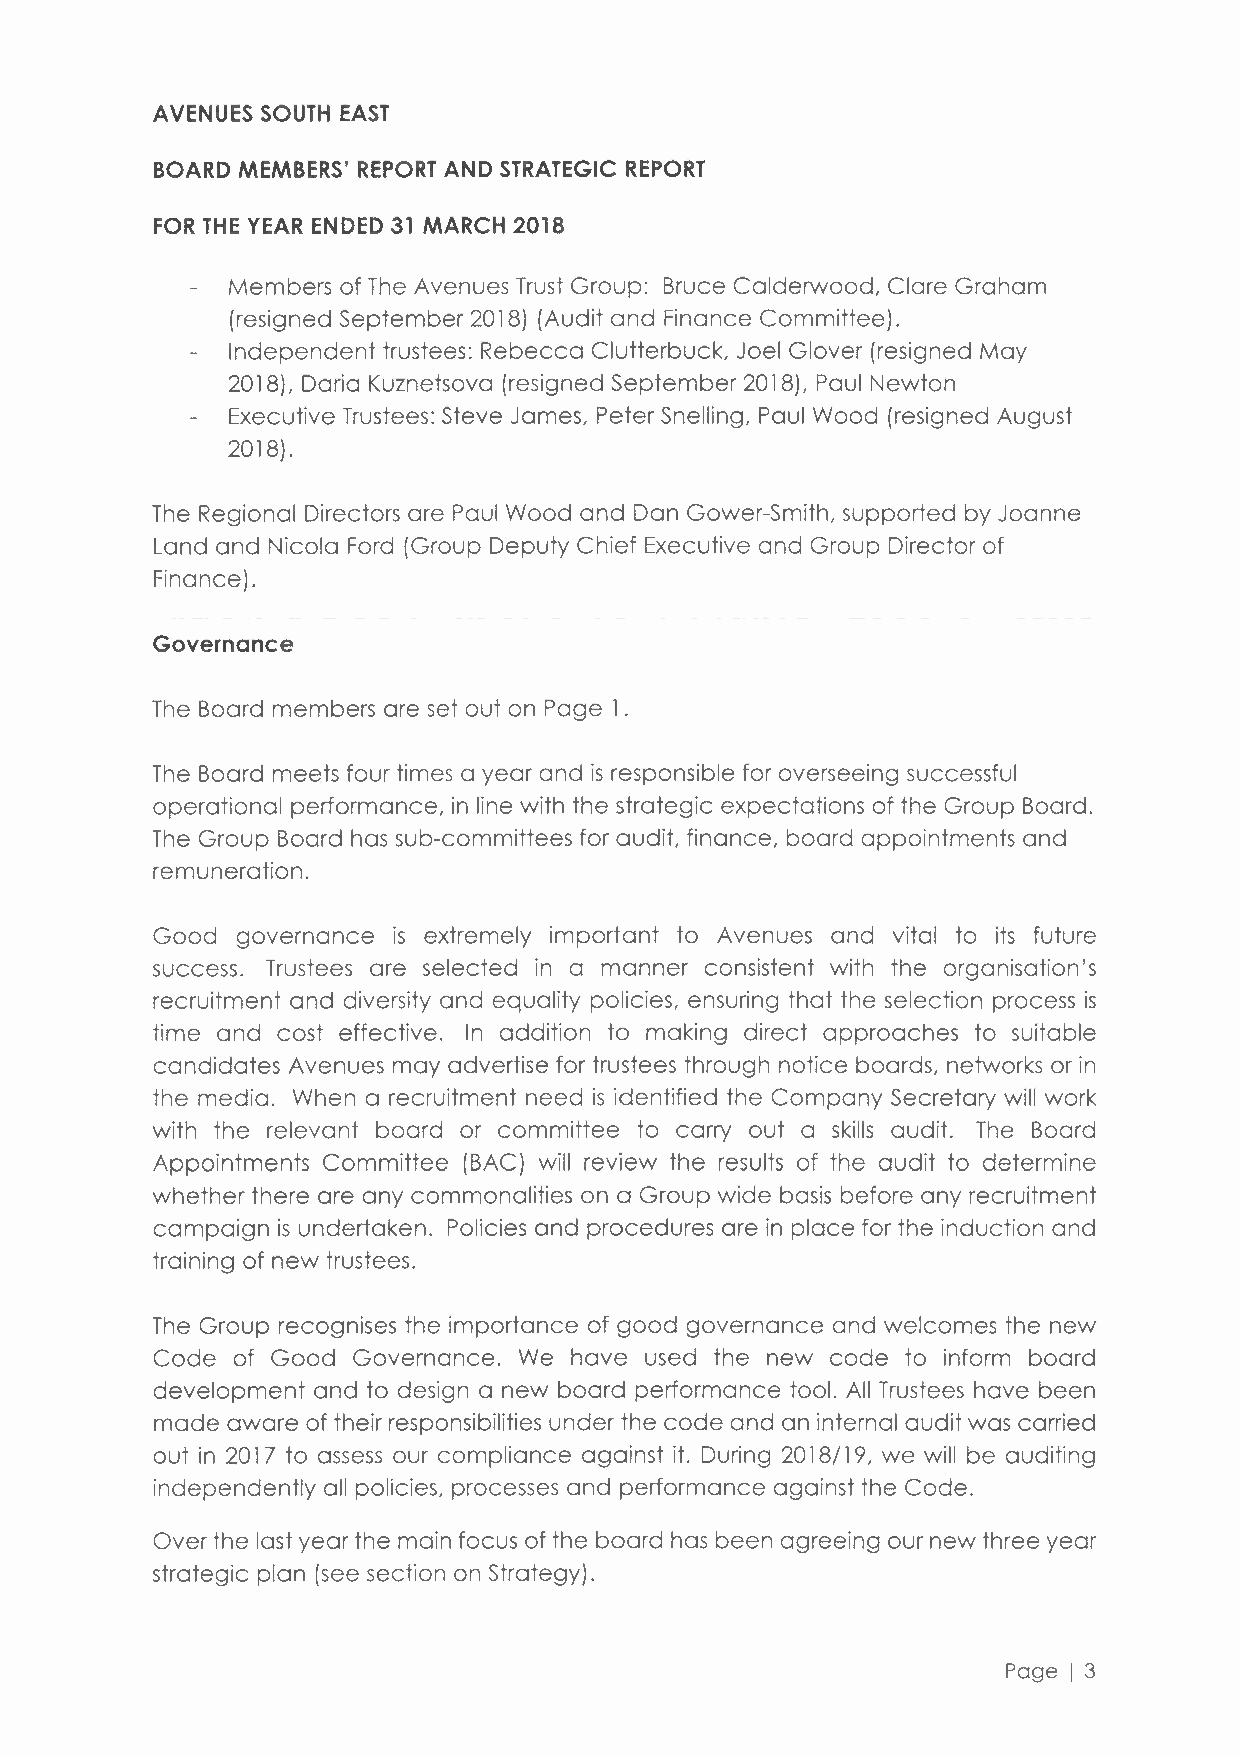
AVENUES SOUTH EAST
 BOARD MEMBERS' REPORT AND STRATEGIC REPORT
 FOR THE YEAR ENDED 31 MARCH 2018
 Members of The Avenues Trust Group: Bruce Calderwood, Clare Graham
 (resigned September 2018) (Audit and Finance Committee).
 Independent trustees: Rebecca Clutterbuck, Joel Glover (resigned May
 2018), Daria Kuznetsova (resigned September 2018), Paul Newton
 Executive Trustees:S teve James, Peter Snelling, Paul Wood (resigned August
 2018).
 The Regional Directors are Paul Wood and Dan Gower-Smith, supported by Joanne
 Land and Nicola Ford (Group Deputy Chief Executive and Group Director of
 Finance).
 Governance
 The Board members are set out on Page l .
 The Board meets four times a year and is responsible for overseeing successful
 operational performance, in line with the strategic expectations of the Group Board.
 The Group Board has sub-committees for audit, finance, board appointments and
 remuneration.
 Good  governance is extremely important to Avenues and vital to its future
 success. Trustees are selected in a manner consistent with the organisation's
 recruitment and diversity and equality policies, ensuring that the selection process is
 time and cost effective. In addition to making direct approaches to suitable
 candidates Avenues may advertise for trustees through notice boards, networks or in
 the media. When a recruitment need is identified the Company Secretary will work
 with the relevant board or committee to carry out a skills audit. The Board
 Appointments Committee (BAC) will review the results of the audit to determine
 whether there are any commonalities on a Group wide basis before any recruitment
 campaign is undertaken. Policies and procedures are in place for the induction and
 training of new trustees.
 The Group recognises the importance of good governance and welcomes the new
 Code of Good Governance. We have used the new code to inform board
 development and to design a new board performance tool. All Trustees have been
 made aware of their responsibilities under the code and an internal audit was carried
 out in 2017 to assess our compliance against it. During 2018/19, we will be auditing
 independently all policies, processes and performance against the Code.
 Over the last year the main focus of the board has been agreeing our new three year
 strategic plan (see section on Strategy).
 Page I 3